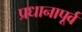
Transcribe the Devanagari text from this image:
प्रधानापूर्व